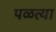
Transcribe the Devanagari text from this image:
पळत्या